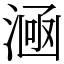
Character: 㴠